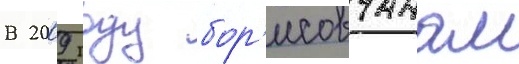
В 2009 году бор'исовчанам